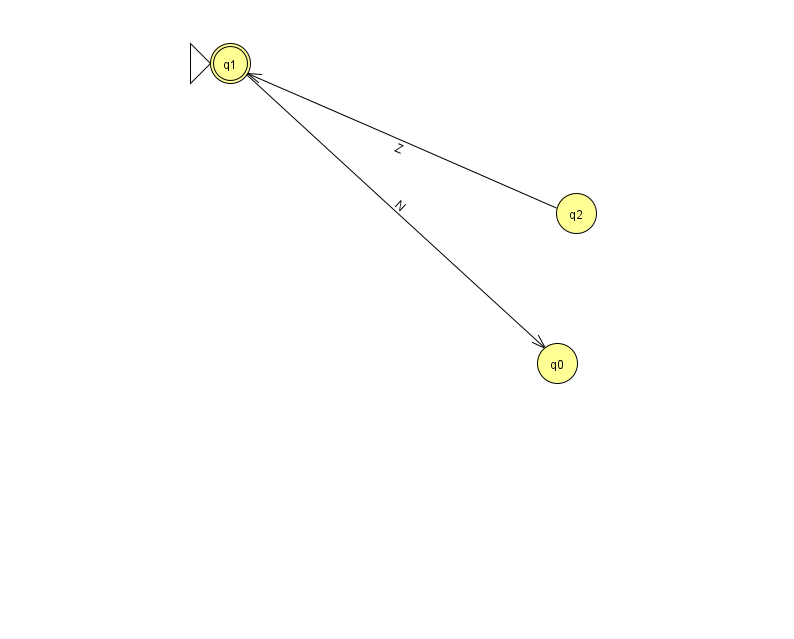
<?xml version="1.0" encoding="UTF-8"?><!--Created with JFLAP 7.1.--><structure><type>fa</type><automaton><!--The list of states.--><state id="0" name="q0"><x>557.0</x><y>350.0</y></state><state id="1" name="q1"><x>230.0</x><y>50.0</y><initial/><final/></state><state id="2" name="q2"><x>576.0</x><y>200.0</y></state><!--The list of transitions.--><transition><from>2</from><to>1</to><read>Z</read></transition><transition><from>1</from><to>0</to><read>N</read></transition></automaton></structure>